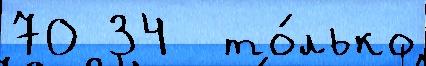
70 34  то́лько